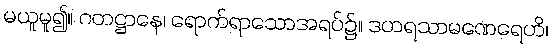
မယူမူ၍။ ဂတဋ္ဌာနေ၊ ရောက်ရာသောအရပ်၌။ ဒဟရသာမဏေရေဟိ၊